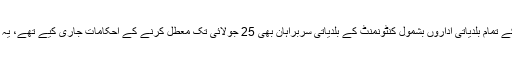
واضح رہے کہ گزشتہ روزالیکشن کمیشن نے ملک بھر کے تمام بلدیاتی اداروں بشمول کنٹونمنٹ کے بلدیاتی سربراہان بھی 25 جولائی تک معطل کرنے کے احکامات جاری کیے تھے، یہ اقدام ملک میں شفاف انتخابات کی غرض سے کیا گیا ہے۔